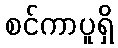
စင်ကာပူရှိ